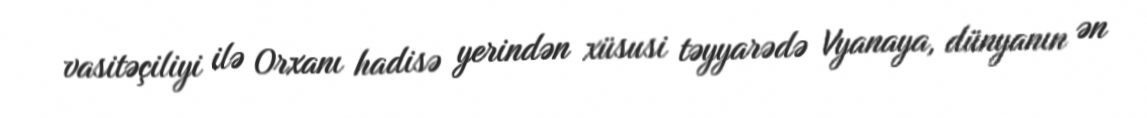
vasitəçiliyi ilə Orxanı hadisə yerindən xüsusi təyyarədə Vyanaya, dünyanın ən